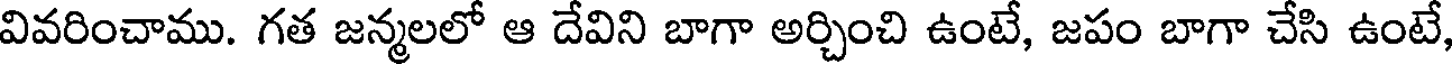
వివరించాము. గత జన్మలలో ఆ దేవిని బాగా అర్చించి ఉంటే, జపం బాగా చేసి ఉంటే,